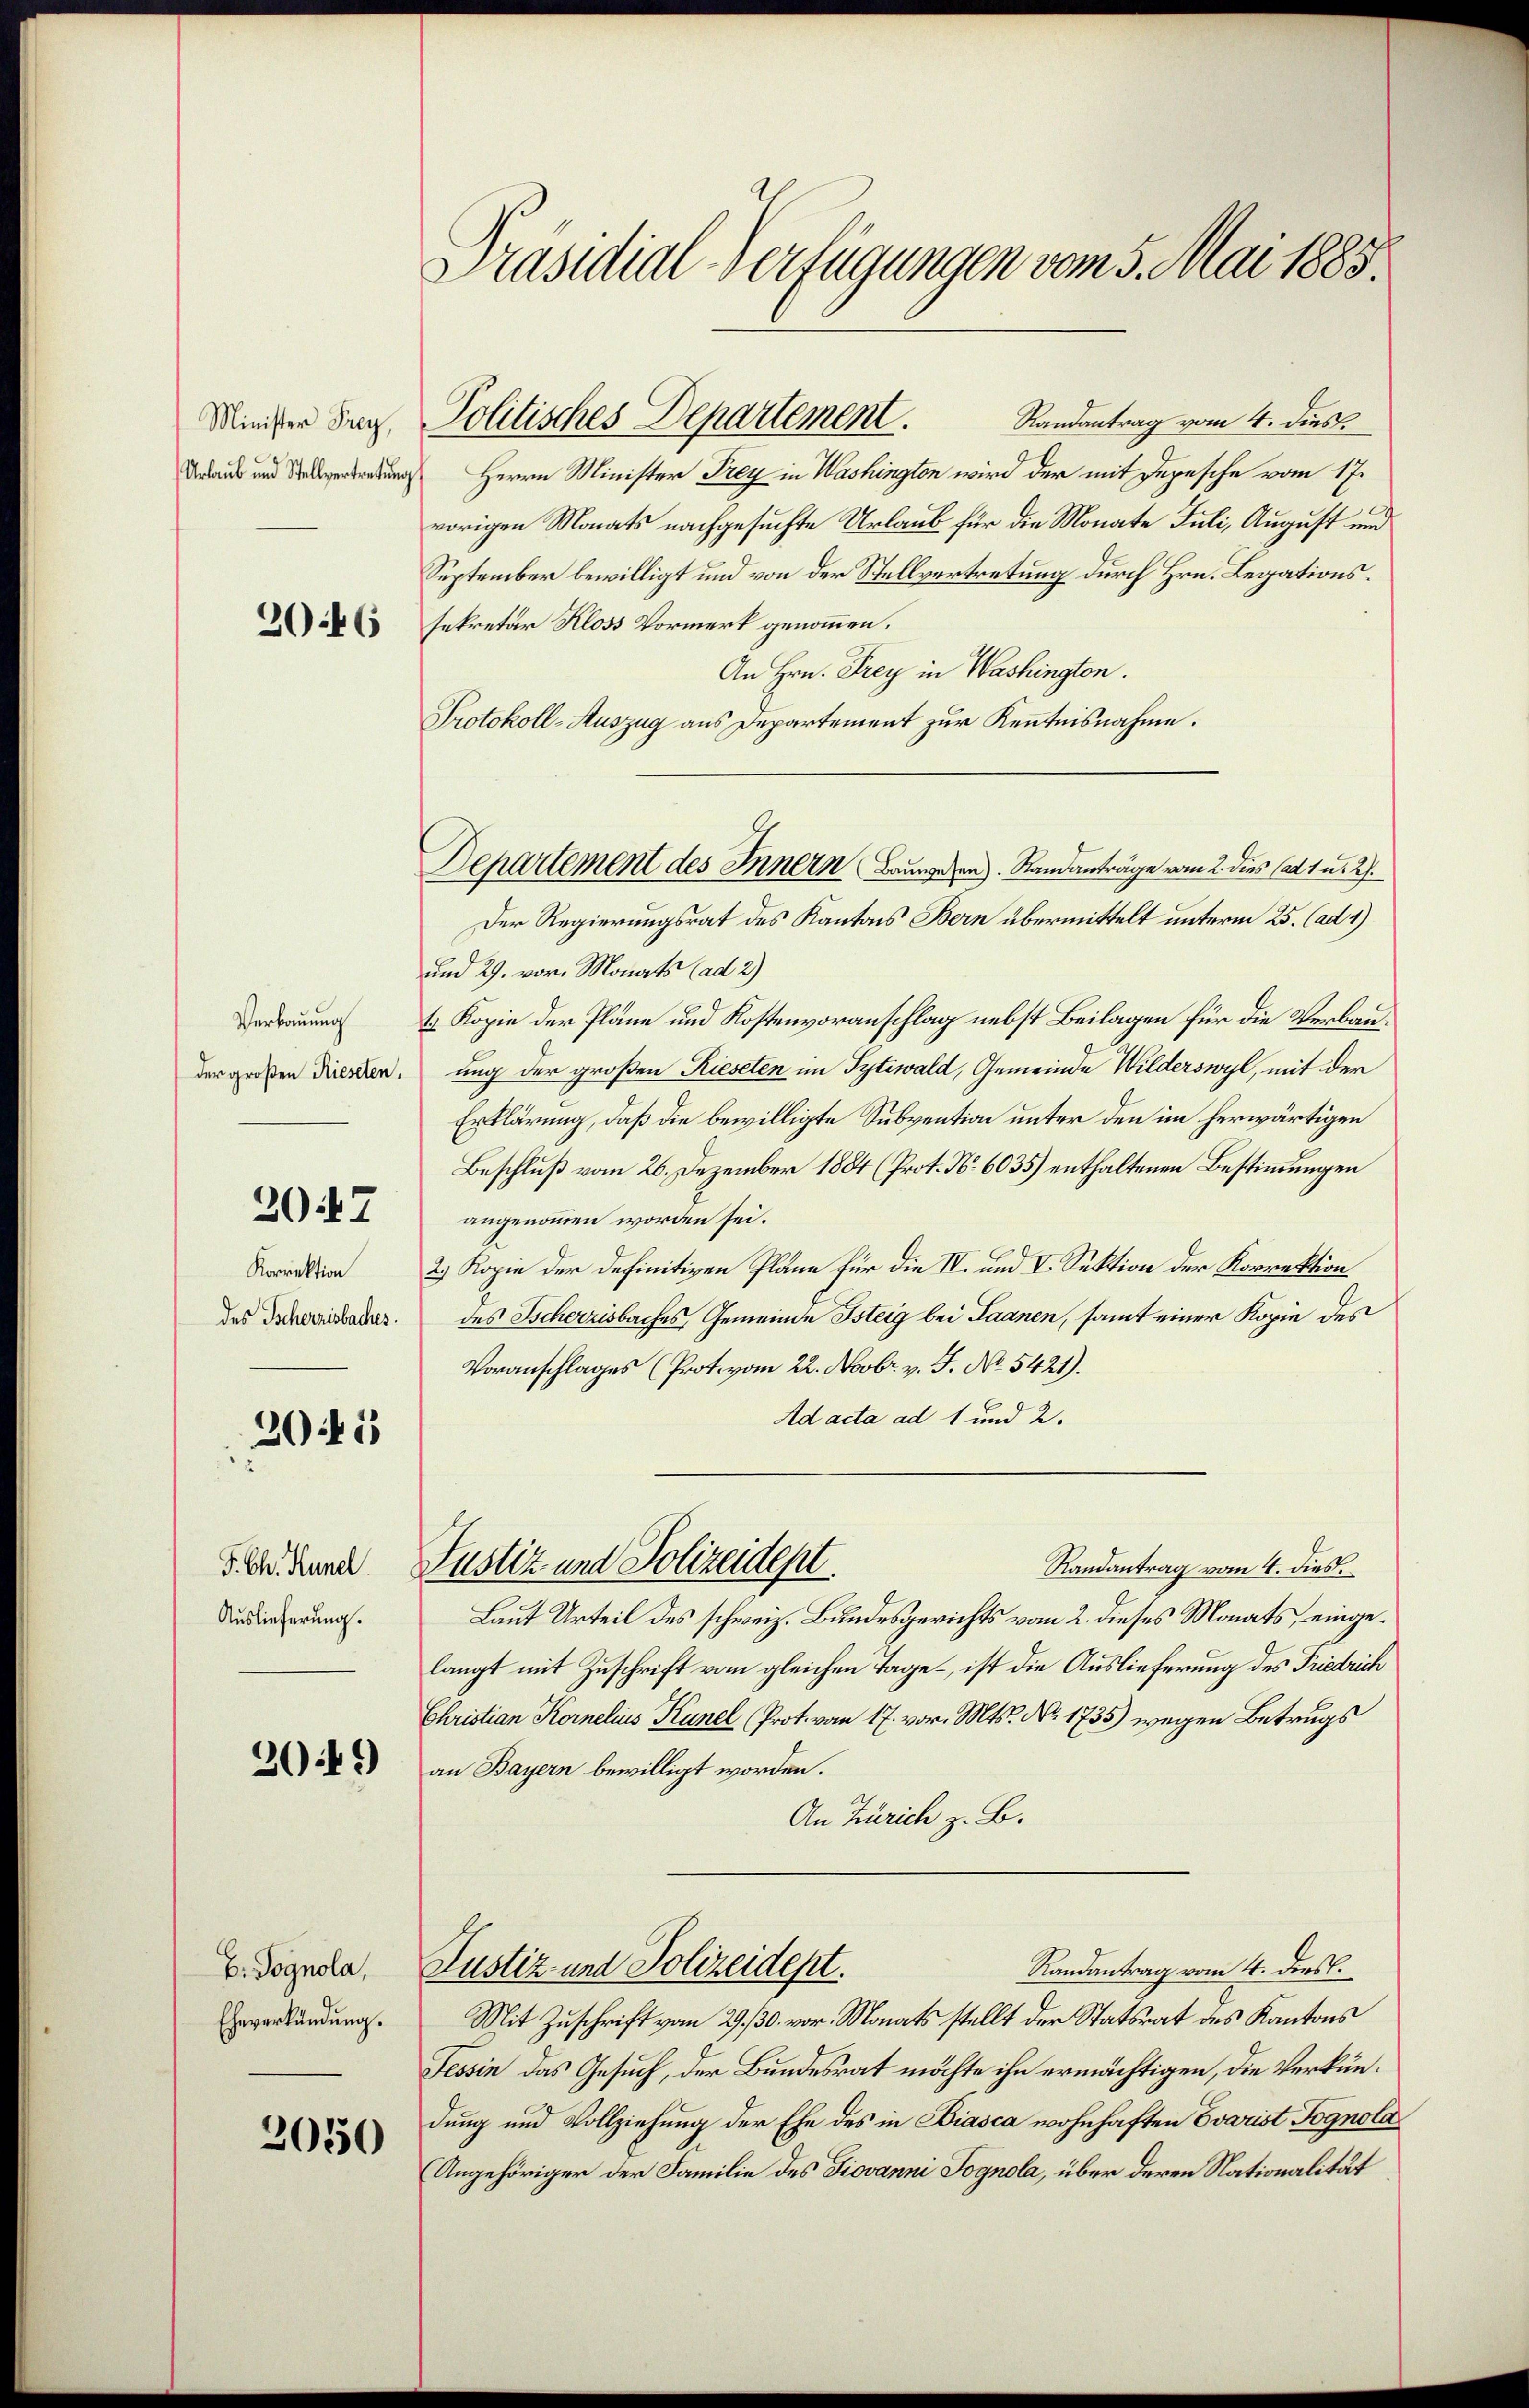
Minister Frey,
Urlaub und Stellvertretung

2046

Verbauung
der großen Rieseten.

2047

Korrektion
des Scherzisbaches.

2045

F. Ch. Künel.
Auslieferung.

309)

B. Pognola,
Eheverkündung.

2050

Präsidial-Verfügungen vom 5. Mai 1883

Randantrag vom 4. dies
Herrn Minister Frey in Washington wird der mit Depesche vom 17.
vorigen Monats nachgesuchte Urlaub für die Monate Juli, August und
September bewilligt und von der Stellvertretung durch Hrn. Legationssekretär Kloss Vormerk genommen.
An Hrn. Frey in Washington.
Protokoll-Auszug aus Departement zur Kenntnisnahme.
Der Regierungsrat des Kantons Bern übermittelt unterm 25. (ad 1)
und 29. vor. Monats (ad 2)
t Kopie der Pläne und Kostenvoranschlag nebst Beilagen für die Verbauung der großen Rieseten im Tytiwald, Gemeinde Wilderswyl, mit der
Erklärung, daß die bewilligte Subvention unter den im herwärtigen
Beschluß vom 26. Dezember 1884 (Prot. No. 6035) enthaltenen Bestimmungen
angenommen worden sei.
2) Kopie der definitiven Pläne für die IV. und V. Sektion der Korrektion
des Scherzisbaches Gemeinde steig bei Saanen, samt einer Kopie des
Voranschlages (Protovom 22. Novbr. v. J. No. 5421).
Ad acta ad 1 und 2.
Justiz- und Polizeidept
Randantrag vom 4. dies
Laut Urteil des schweiz. Bundesgerichts vom 2. dieses Monats, eingelangt mit Zuschrift vom gleichen Tage – ist die Auslieferung des Friedrich
Christian Kornelius Künel, Prot. von 17. vor. Mts. No. 1735) wegen Betrugs
an Bayern bewilligt worden.
An Zürich z. B.
Randantrag vom 4. Diesl.
Justiz und Polizeidept.
Mit Zuschrift vom 29./30. vor. Monats stellt der Statsrat des Kantons
Tessin das Gesuch, der Bundesrat möchte ihn ermächtigen, die Verkündung und Vollziehung der Ehe des in Biasca wohnhaften Evarist Fognola
(Angehöriger der Familie des Giovanni Jognola, über deren Nationalität

Politisches Departement.

Departement des Innern Bauwesen. Standanträge vom 2. dies ad 1 u. 27.